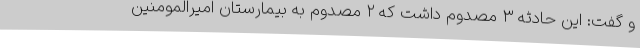
و گفت: این حادثه ۳ مصدوم داشت که ۲ مصدوم به بیمارستان امیرالمومنین